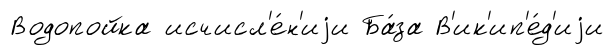
Водопойка исчисл'е́н'иjи Ба́за В'ик'ип'е́д'иjи